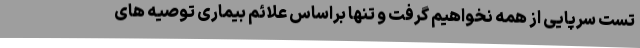
تست سرپایی از همه نخواهیم گرفت و تنها براساس علائم بیماری توصیه های